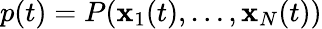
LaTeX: p(t)=P(\mathbf{x}_{1}(t),\ldots,\mathbf{x}_{N}(t))